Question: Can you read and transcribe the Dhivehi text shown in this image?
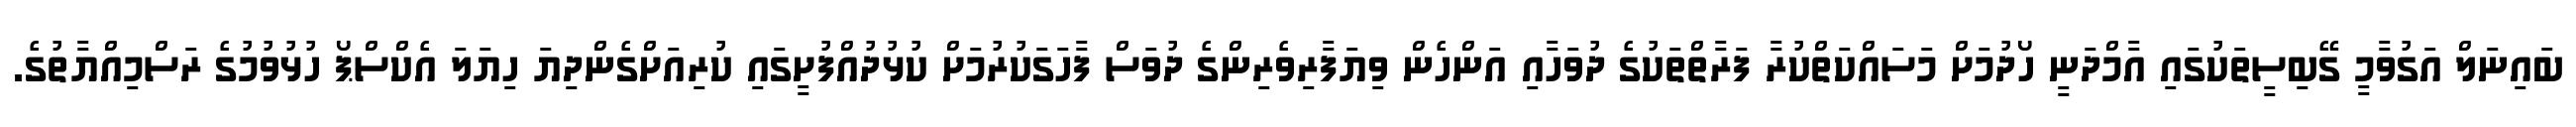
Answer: ބައިނަލް އަގުވާމީ ގޭބިސީތަކުގައި އާމްދަނީ ހޯދުމަށް މަސައްކަތްކުރާ ފަރާތްތަކުގެ ދުވަހާއި އަންހެން ވިޔަފާރިވެރިންގެ ދުވަސް ފާހަގަކުރުމަށް ކުޅުދުއްފުށީގައި ކުރިއަށްގެންދިޔަ ހިޔަލަ އެކްސްޕޯ ހުޅުވުމުގެ ރަސްމިއްޔާތުގެ.